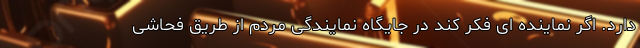
دارد. اگر نماینده ای فکر کند در جایگاه نمایندگی مردم از طریق فحاشی